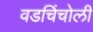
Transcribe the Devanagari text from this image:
वडचिंचोली